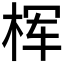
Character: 𰗢